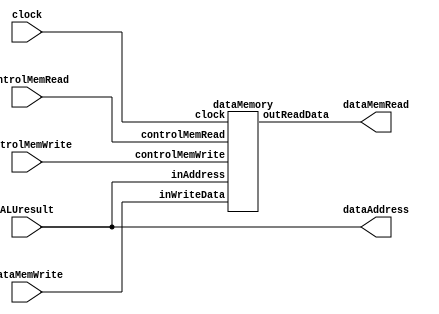
//MEMORY ACCESS 
module memoryAccess(clock, ALUresult, dataMemWrite, dataMemRead, controlMemWrite, controlMemRead, dataAddress); 
	input clock; 
	input [63:0] ALUresult;
	input [63:0] dataMemWrite; 
	input controlMemWrite, controlMemRead; 
	output [63:0] dataMemRead; 
	output [63:0] dataAddress; 

	assign dataAddress = ALUresult; 

	dataMemory dataMem(.clock(clock), .inAddress(ALUresult), .inWriteData(dataMemWrite), .controlMemRead(controlMemRead), .controlMemWrite(controlMemWrite), .outReadData(dataMemRead)); 

endmodule

//DATAMEMORY
module dataMemory(clock, inAddress, inWriteData, controlMemRead, controlMemWrite, outReadData); 
	input clock; 
	input [63:0] inAddress; 
	input [63:0] inWriteData; 
	input controlMemRead,controlMemWrite; 
	output reg[63:0] outReadData; 
	
	reg[63:0] memory [63:0]; 
	
	//initialiasatie
	integer i; 
	initial begin 
		for(i = 0; i<64; i = i + 1) begin	
			memory[i] = 0; 
		end 
	end 
	
	//write of read 
	//als read is: in memory zoeken
	//als write is: wegschrijven in memory 
	always@(posedge clock )
	begin
		if(controlMemWrite == 1)
			begin memory[inAddress] <= inWriteData; 
		end 
	end 
	
	always@(controlMemRead or inAddress or controlMemWrite or inWriteData)
	begin 
		if(controlMemRead == 1) 
			begin outReadData<= memory[inAddress]; 
		end 
	end 
	
endmodule